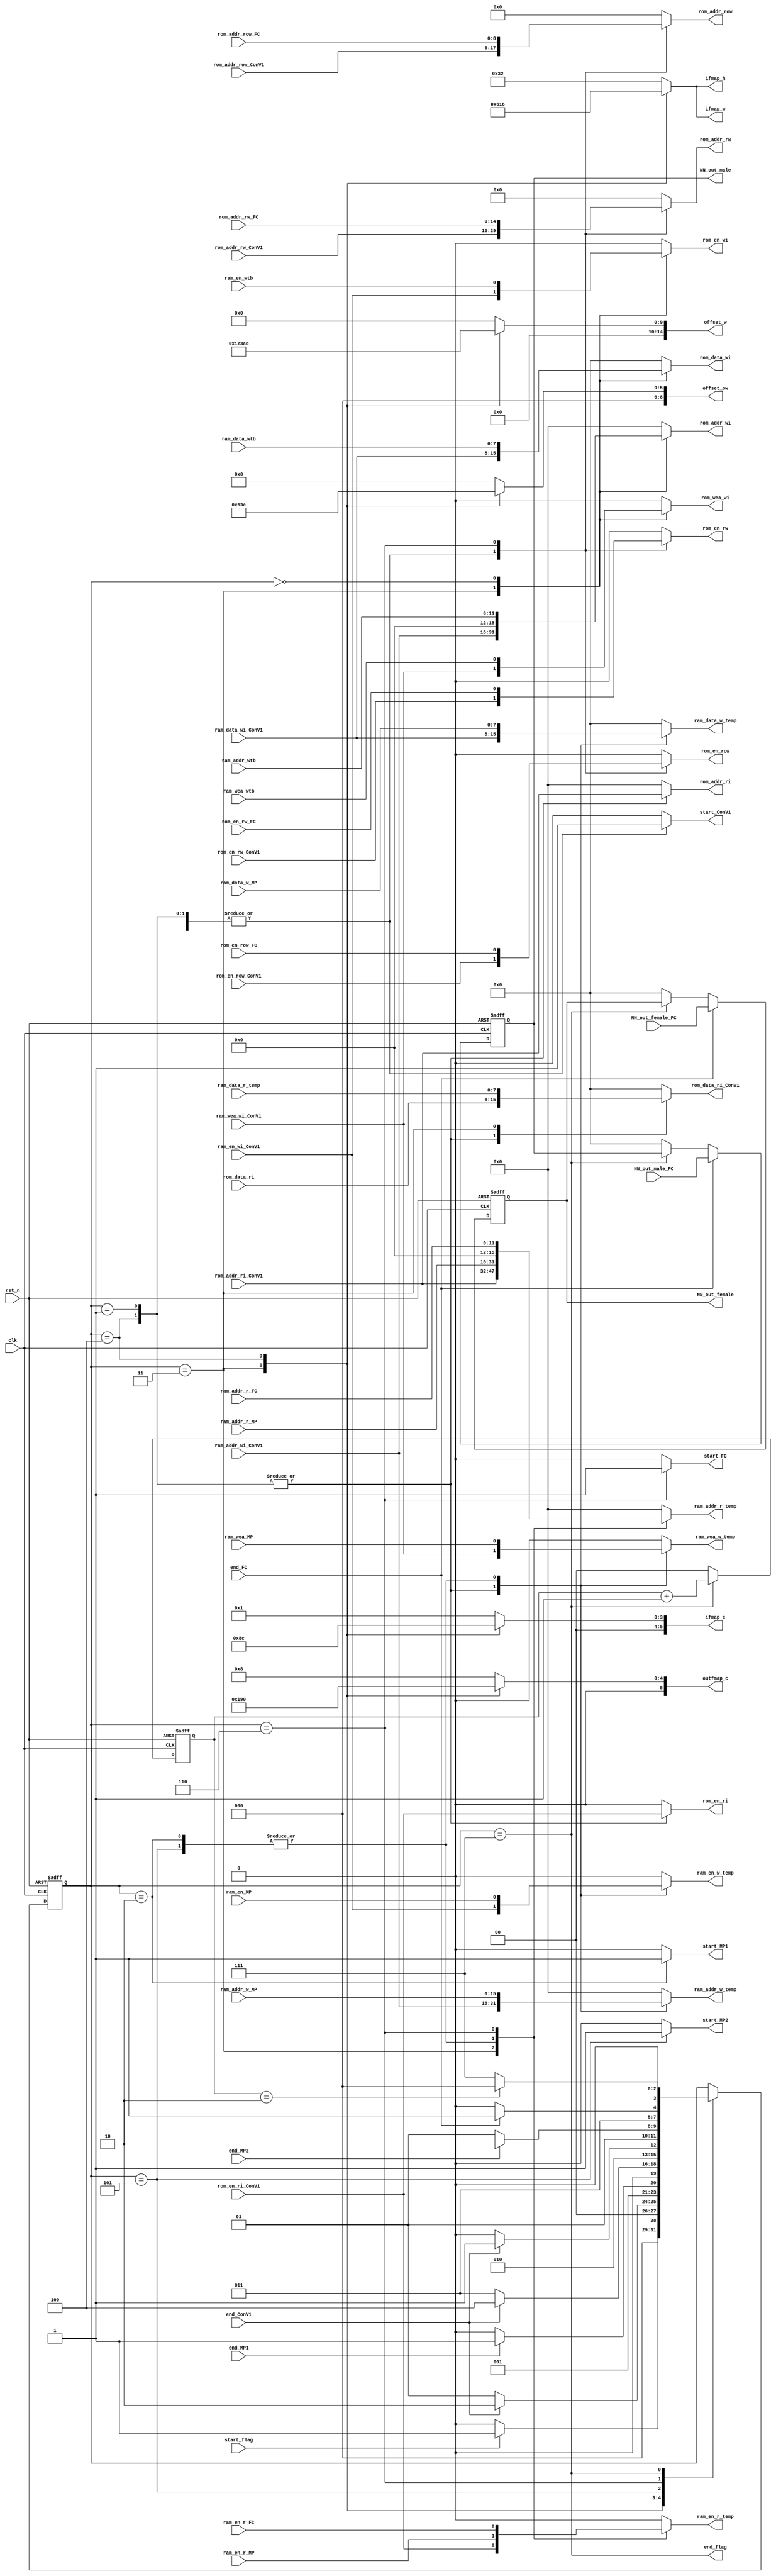
`timescale 1ns / 1ns
module MUX_mem_out
(
  input clk,
  input rst_n,
  
  input start_flag,
  output end_flag,
  output [7:0] NN_out_female,
  output [7:0] NN_out_male,

  // testbench read
//  input [15:0]ram_addr_rtb,
//  input ram_en_rtb,
  input [11:0] ram_addr_wtb,
  input [7:0] ram_data_wtb,
  input ram_en_wtb,
  input ram_wea_wtb,
  
  // ConV1
  input [15:0]ram_addr_wi_ConV1,
  input [7:0]ram_data_wi_ConV1,
  input ram_en_wi_ConV1,
  input ram_wea_wi_ConV1,

  input [15:0] rom_addr_ri_ConV1,
  input rom_en_ri_ConV1,
  output reg [7:0] rom_data_ri_ConV1,

  input [14:0]rom_addr_rw_ConV1,
  input rom_en_rw_ConV1,
  input [8:0]rom_addr_row_ConV1,
  input rom_en_row_ConV1,

  output reg [5:0] ifmap_h,
  output reg [5:0] ifmap_w,
  output reg [5:0] ifmap_c,
  output reg [5:0] outfmap_c,
  output reg [14:0] offset_w, 
  output reg [8:0] offset_ow,

  output reg start_ConV1,
  input end_ConV1,
  
  // Pooling1 and 2
  output reg start_MP1,
  output reg start_MP2,
  input [15:0]ram_addr_w_MP,
  input [7:0]ram_data_w_MP,
  input ram_en_MP,
  input ram_wea_MP,
  input [15:0]ram_addr_r_MP,
  input ram_en_r_MP,
  input end_MP1,
  input end_MP2,

  // FC
  output reg start_FC,
  input end_FC,
  input [11:0]ram_addr_r_FC,
  input ram_en_r_FC,
  input [14:0]rom_addr_rw_FC,
  input rom_en_rw_FC,
  input [8:0]rom_addr_row_FC,
  input rom_en_row_FC,
  input [7:0] NN_out_female_FC,
  input [7:0] NN_out_male_FC,


  // ROM but RAM
  output reg [15:0]rom_addr_wi,
  output reg [7:0]rom_data_wi,
  output reg rom_en_wi,
  output reg rom_wea_wi,

  output reg [15:0]rom_addr_ri,
  output reg rom_en_ri,
  input [7:0] rom_data_ri,

  // RAM temp
  output reg [15:0]ram_addr_w_temp,
  output reg [7:0]ram_data_w_temp,
  output reg ram_en_w_temp,
  output reg ram_wea_w_temp,
  output reg [15:0]ram_addr_r_temp,
  output reg ram_en_r_temp,
  input [7:0] ram_data_r_temp,
  
  // ROM weights and other weights
  output reg [14:0]rom_addr_rw,
  output reg rom_en_rw,
  output reg [8:0]rom_addr_row,
  output reg rom_en_row
);

parameter IDLE  = 4'b0000;
parameter ConV1 = 4'b0001;
parameter MP1   = 4'b0010;
parameter ConV2 = 4'b0011;
parameter ConV3 = 4'b0100;
parameter MP2   = 4'b0101;
parameter FC    = 4'b0110;
parameter DONE  = 4'b0111;
parameter tb    = 4'b1111;

parameter ifmap1_h = 6'd50,  ifmap2_h = 6'd24,   ifmap3_h = 6'd22;
parameter ifmap1_w = 6'd50,  ifmap2_w = 6'd24,   ifmap3_w = 6'd22; 
parameter ifmap1_c = 6'd1,   ifmap2_c = 6'd8,    ifmap3_c = 6'd12;
parameter outfmap1_c = 6'd8, outfmap2_c = 6'd12, outfmap3_c = 6'd16;
parameter offset1_w = 15'd0, offset2_w = 15'd72, offset3_w = 15'd936;
parameter offset1_ow = 9'd0, offset2_ow = 9'd24, offset3_ow = 9'd60;

reg [1:0] cnt_end;
reg [3:0] cur_state;
reg [7:0] NN_out_female_d;
reg [7:0] NN_out_male_d;

assign end_flag = cur_state == DONE;
// assign end_flag = cur_state == tb;
assign NN_out_female = NN_out_female_d;
assign NN_out_male = NN_out_male_d;

//==============================================================
//current state 
always@(posedge clk,negedge rst_n)begin
  if(!rst_n)begin
    cur_state <= IDLE;
  end
  else begin
    case(cur_state)
      IDLE:begin
        if(start_flag)  cur_state<=ConV1; 
        else  cur_state<=IDLE;
      end
      ConV1:begin
        if(end_ConV1)  cur_state<=MP1;
        else  cur_state<=ConV1;
      end
      MP1:begin
        if(end_MP1)  cur_state<=ConV2;
        else  cur_state<=MP1;
      end
      ConV2:begin
        if(end_ConV1)  cur_state<=ConV3;
        else  cur_state<=ConV2;
      end
      ConV3:begin
        if(end_ConV1)  cur_state<=MP2;
        else  cur_state<=ConV3;
      end
      MP2:begin
        if(end_MP2)  cur_state<=FC;
        else  cur_state<=MP2;
      end
      FC:begin
        if(end_FC)  cur_state<=DONE;
        else  cur_state<=FC;
      end
      DONE: cur_state <= (cnt_end==2'd2)? IDLE : DONE; ///////////////////////
    //   DONE: cur_state <= DONE; ///////////////////////
      
      // tb:
      //   cur_state<=tb;
      default:
        cur_state<=cur_state;
    endcase
  end
end

always@(*)begin
  case(cur_state)
  ConV1,ConV3: begin
    start_ConV1 = 'd1;
    rom_data_ri_ConV1 = rom_data_ri;
    start_MP1 = 'd0;
    start_MP2 = 'd0;
    start_FC  = 'd0;
  end
  MP1: begin
    start_ConV1 = 'd0;
    rom_data_ri_ConV1 = 'd0;
    start_MP1 = 'd1;
    start_MP2 = 'd0;
    start_FC  = 'd0;
  end
  ConV2: begin
    start_ConV1 = 'd1;
    rom_data_ri_ConV1 = ram_data_r_temp;
    start_MP1 = 'd0;
    start_MP2 = 'd0;
    start_FC  = 'd0;
  end
  MP2: begin
    start_ConV1 = 'd0;
    rom_data_ri_ConV1 = 'd0;
    start_MP1 = 'd0;
    start_MP2 = 'd1;
    start_FC  = 'd0;
  end
  FC: begin
    start_ConV1 = 'd0;
    rom_data_ri_ConV1 = 'd0;
    start_MP1 = 'd0;
    start_MP2 = 'd0;
    start_FC  = 'd1;
  end
  default: begin
    start_ConV1 = 'd0;
    rom_data_ri_ConV1 = 'd0;
    start_MP1 = 'd0;
    start_MP2 = 'd0;
    start_FC  = 'd0;
  end
  endcase
end

//==============================================================
// ROM_write_i
always@(*)begin
  case(cur_state)
  ConV1,ConV3: begin
    rom_addr_wi = 'd0;
    rom_data_wi = 'd0;
    rom_en_wi   = 'd0;  
    rom_wea_wi  = 'd0; 
  end
  ConV2: begin
    rom_addr_wi = ram_addr_wi_ConV1;
    rom_data_wi = ram_data_wi_ConV1;
    rom_en_wi   = ram_en_wi_ConV1; 
    rom_wea_wi  = ram_wea_wi_ConV1;
  end
  IDLE: begin
    rom_addr_wi = {4'd0,ram_addr_wtb};
    rom_data_wi = ram_data_wtb;
    rom_en_wi   = ram_en_wtb; 
    rom_wea_wi  = ram_wea_wtb;
  end
  default: begin
    rom_addr_wi = 'd0;
    rom_data_wi = 'd0;
    rom_en_wi   = 'd0;
    rom_wea_wi  = 'd0;
  end
  endcase
end

// ROM_read_i
always@(*)begin
  case(cur_state)
  ConV1,ConV3: begin
    rom_addr_ri = rom_addr_ri_ConV1;
    rom_en_ri   = rom_en_ri_ConV1;  
  end
  ConV2: begin
    rom_addr_ri = 'd0;
    rom_en_ri   = 'd0;
  end
  default: begin
    rom_addr_ri = 'd0;
    rom_en_ri   = 'd0;
  end
  endcase
end

//==============================================================
//Ram_write temp
always@(*)begin
  case(cur_state)
  ConV1,ConV3: begin
    ram_addr_w_temp = ram_addr_wi_ConV1;
    ram_data_w_temp = ram_data_wi_ConV1;
    ram_en_w_temp   = ram_en_wi_ConV1;
    ram_wea_w_temp  = ram_wea_wi_ConV1;
  end
  MP1,MP2: begin
    ram_addr_w_temp = ram_addr_w_MP;
    ram_data_w_temp = ram_data_w_MP;
    ram_en_w_temp   = ram_en_MP;
    ram_wea_w_temp  = ram_wea_MP;
  end
  ConV2: begin // being read
    ram_addr_w_temp = 'd0;
    ram_data_w_temp = 'd0;
    ram_en_w_temp   = 'd0;
    ram_wea_w_temp  = 'd0;
  end

  //tb
  default: begin
    ram_addr_w_temp = 'd0;
    ram_data_w_temp = 'd0;
    ram_en_w_temp   = 'd0;
    ram_wea_w_temp  = 'd0;
  end
  endcase
end

//==============================================================
//Ram_temp_read
always@(*)begin
  case(cur_state)
  ConV1: begin
    ram_addr_r_temp = 'd0;
    ram_en_r_temp = 'd0;
  end
  ConV2: begin
    ram_addr_r_temp = rom_addr_ri_ConV1;
    ram_en_r_temp = rom_en_ri_ConV1;
  end
  ConV3: begin
    ram_addr_r_temp = 'd0;
    ram_en_r_temp = 'd0;
  end
  MP1,MP2: begin
    ram_addr_r_temp = ram_addr_r_MP;
    ram_en_r_temp = ram_en_r_MP;
  end
  FC: begin
    ram_addr_r_temp = {4'd0,ram_addr_r_FC};
    ram_en_r_temp   = ram_en_r_FC;
  end
//   DONE: begin//////////////////////////////////////////////
//     ram_addr_r_temp = ram_addr_rtb;
//     ram_en_r_temp = ram_en_rtb;
//   end
  default: begin
    ram_addr_r_temp = 'd0;
    ram_en_r_temp = 'd0;
  end
  endcase
end

always@(*) begin
  case(cur_state)
  // ConV1: begin
  // end
  ConV2: begin
    ifmap_h = ifmap2_h;
    ifmap_w = ifmap2_w;
    ifmap_c = ifmap2_c;
    outfmap_c = outfmap2_c;
    offset_w  = offset2_w;
    offset_ow = offset2_ow;
  end
  ConV3: begin
    ifmap_h = ifmap3_h;
    ifmap_w = ifmap3_w;
    ifmap_c = ifmap3_c;
    outfmap_c = outfmap3_c;
    offset_w  = offset3_w;
    offset_ow = offset3_ow;
  end
  default: begin
    ifmap_h = ifmap1_h;
    ifmap_w = ifmap1_w;
    ifmap_c = ifmap1_c;
    outfmap_c = outfmap1_c;
    offset_w  = offset1_w;
    offset_ow = offset1_ow;
  end
  endcase
end

//==============================================================
//ROM_read_weight
always@(*)begin
  case(cur_state)
  ConV1,ConV2,ConV3: begin
    rom_addr_rw = rom_addr_rw_ConV1;
    rom_en_rw   = rom_en_rw_ConV1;  
  end
  FC: begin
    rom_addr_rw = rom_addr_rw_FC;
    rom_en_rw   = rom_en_rw_FC;  
  end
  default: begin
    rom_addr_rw = 'd0;
    rom_en_rw   = 'd0;
  end
  endcase
end

//==============================================================
//ROM_read_other weight
always@(*)begin
  case(cur_state)
  ConV1,ConV2,ConV3: begin
    rom_addr_row = rom_addr_row_ConV1;
    rom_en_row   = rom_en_row_ConV1;  
  end
  FC: begin
    rom_addr_row = rom_addr_row_FC;
    rom_en_row   = rom_en_row_FC;  
  end
  default: begin
    rom_addr_row = 'd0;
    rom_en_row   = 'd0;
  end
  endcase
end

always@(posedge clk,negedge rst_n)begin
  if(!rst_n)begin
    NN_out_female_d <= 'd0;
    NN_out_male_d <= 'd0;
  end
  else begin
    if(end_FC) begin
      NN_out_female_d <= NN_out_female_FC;
      NN_out_male_d   <= NN_out_male_FC;
    end
    else if(cur_state==DONE) begin
      NN_out_female_d <= NN_out_female_d;
      NN_out_male_d   <= NN_out_male_d;
    end
    else begin
      NN_out_female_d <= 'd0;
      NN_out_male_d   <= 'd0;
    end
  end
end

always@(posedge clk or negedge rst_n) begin
  if(!rst_n)
    cnt_end <= 'd0;
  else if(cur_state==DONE)
    cnt_end <= cnt_end + 1'b1;
  else
    cnt_end <= 'd0;
end
endmodule